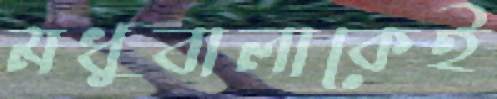
মধুবালাকেই